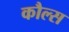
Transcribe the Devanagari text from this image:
कौल्स